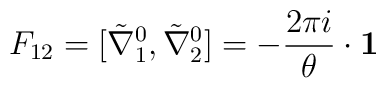
F_{12} = [\tilde \nabla_{1}^{0}, \tilde \nabla_{2}^{0}] = -\frac{2\pi i }{\theta}\cdot {\bf 1}